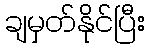
ချမှတ်နိုင်ပြီး